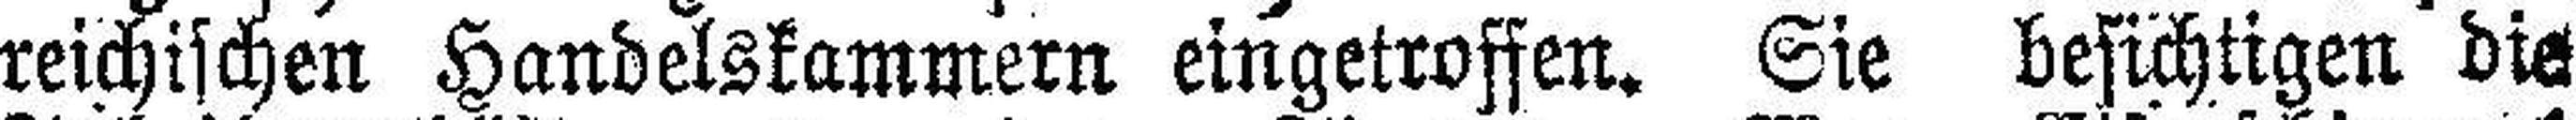
reichischen Handelskammern eingetroffen. Sie besichtigen die